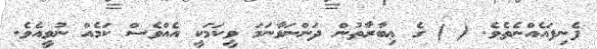
ފެނިފައެއްނެތެވެ. ( ) ގެ ޢިބާރާތުން ދަންނަވާނަމަ ވީކަމަކީ އެއްވެސް ކަމެއް ނުވީއެވެ.